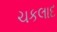
ચકલાદ